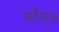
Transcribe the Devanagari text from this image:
फाँन्‍ट्‌स